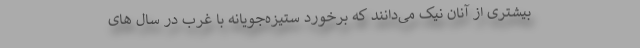
بیشتری از آنان نیک می‌دانند که برخورد ستیزه‌جویانه با غرب در سال های